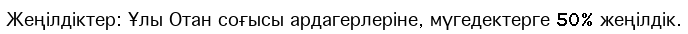
Жеңілдіктер: Ұлы Отан соғысы ардагерлеріне, мүгедектерге 50% жеңілдік.